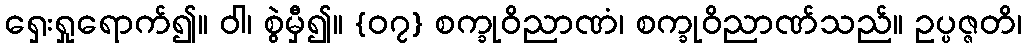
ရှေးရှုရောက်၍။ ဝါ၊ စွဲမှီ၍။ {၀၇} စက္ခုဝိညာဏံ၊ စက္ခုဝိညာဏ်သည်။ ဥပ္ပဇ္ဇတိ၊